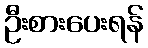
ဦးစားပေးရန်